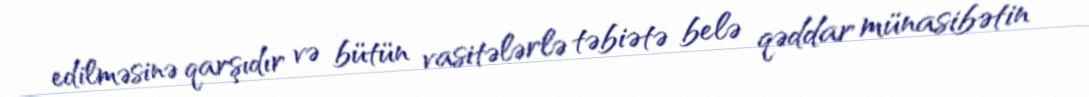
edilməsinə qarşıdır və bütün vasitələrlə təbiətə belə qəddar münasibətin